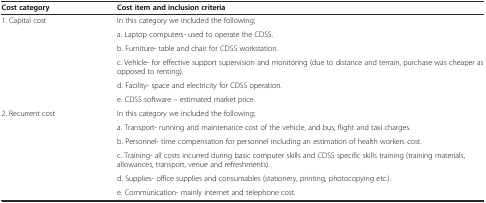
<table><thead><tr><td><b>Cost category</b></td><td><b>Cost item and inclusion criteria</b></td></tr></thead><tbody><tr><td rowspan="6">1. Capital cost</td><td>In this category we included the following;</td></tr><tr><td>a. Laptop computers- used to operate the CDSS.</td></tr><tr><td>b. Furniture- table and chair for CDSS workstation.</td></tr><tr><td>c. Vehicle- for effective support supervision and monitoring (due to distance and terrain, purchase was cheaper as opposed to renting).</td></tr><tr><td>d. Facility- space and electricity for CDSS operation.</td></tr><tr><td>e. CDSS software – estimated market price.</td></tr><tr><td rowspan="6">2. Recurrent cost</td><td>In this category we included the following;</td></tr><tr><td>a. Transport- running and maintenance cost of the vehicle, and bus, flight and taxi charges.</td></tr><tr><td>b. Personnel- time compensation for personnel including an estimation of health workers cost.</td></tr><tr><td>c. Training- all costs incurred during basic computer skills and CDSS specific skills training (training materials, allowances, transport, venue and refreshments).</td></tr><tr><td>d. Supplies- office supplies and consumables (stationery, printing, photocopying etc.).</td></tr><tr><td>e. Communication- mainly internet and telephone cost.</td></tr></tbody></table>